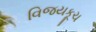
વિજયકૂચ